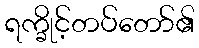
ရက္ခိုင့်တပ်တော်၏